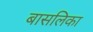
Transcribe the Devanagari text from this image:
बासलिका